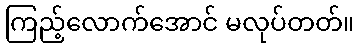
ကြည့်လောက်အောင် မလုပ်တတ်။